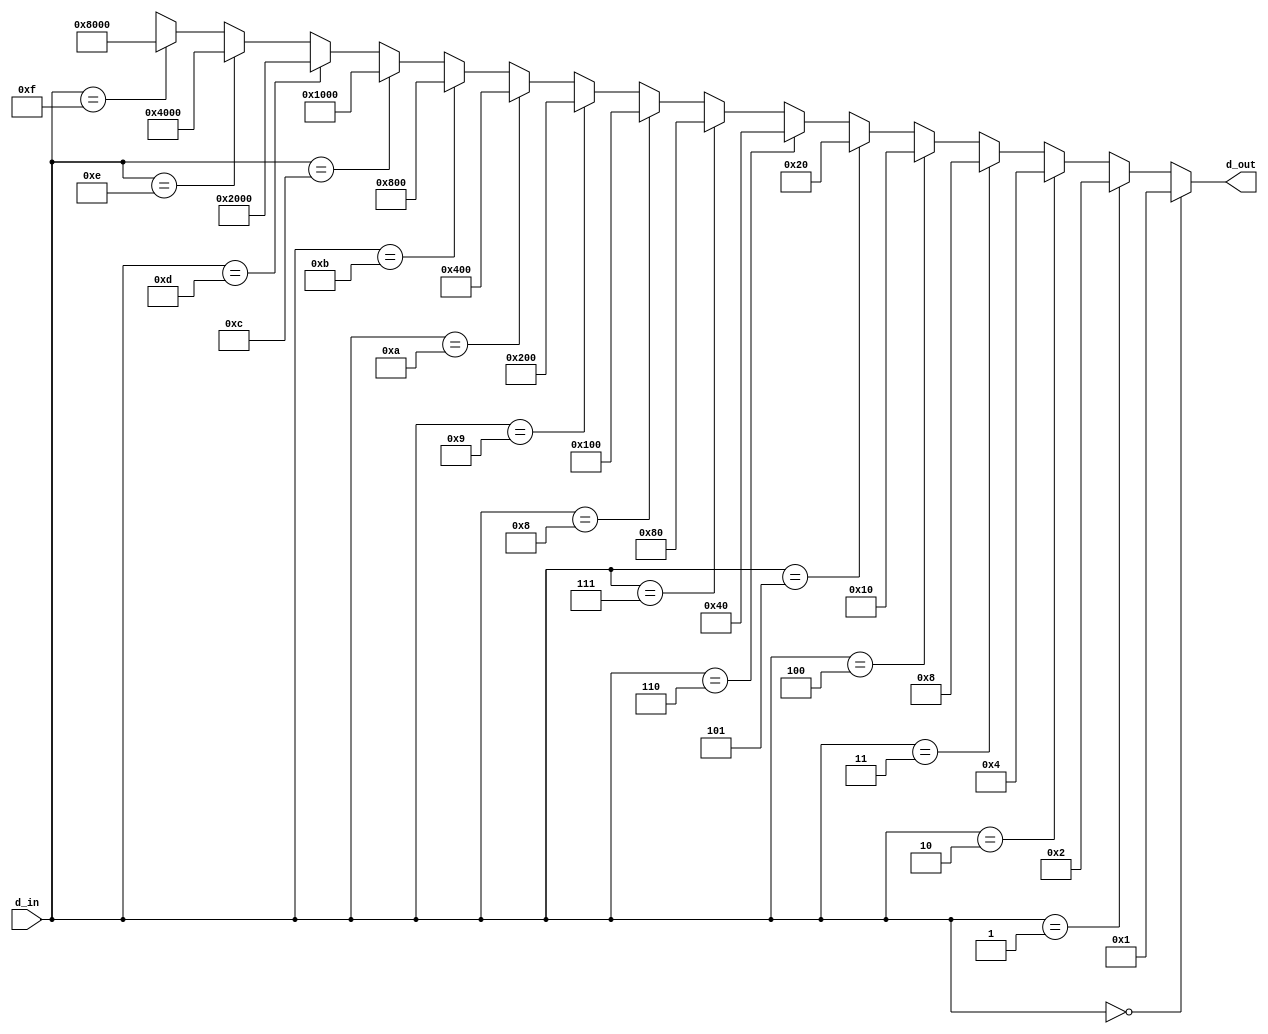
module dec_4x16 (d_out, d_in);

   output [15:0] d_out;
   input [3:0]   d_in;
   parameter tmp = 16'b0000_0000_0000_0001;

assign d_out = (d_in == 4'b0000) ? tmp   :
               (d_in == 4'b0001) ? tmp<<1:
               (d_in == 4'b0010) ? tmp<<2:
               (d_in == 4'b0011) ? tmp<<3:
               (d_in == 4'b0100) ? tmp<<4:
               (d_in == 4'b0101) ? tmp<<5:
               (d_in == 4'b0110) ? tmp<<6:
               (d_in == 4'b0111) ? tmp<<7:
               (d_in == 4'b1000) ? tmp<<8:
               (d_in == 4'b1001) ? tmp<<9:
               (d_in == 4'b1010) ? tmp<<10:
               (d_in == 4'b1011) ? tmp<<11:
               (d_in == 4'b1100) ? tmp<<12:
               (d_in == 4'b1101) ? tmp<<13:
               (d_in == 4'b1110) ? tmp<<14:
               (d_in == 4'b1111) ? tmp<<15: 
               16'bxxxx_xxxx_xxxx_xxxx;

endmodule


module test_bench;

    // Decoder 4x16 variables and test function
    wire [15:0] d_out;
    reg [3:0] d_in;
    
    dec_4x16 test1 (.d_out(d_out), .d_in(d_in)); 

    initial begin


   	// 4x16 Decoder TEST
    $display("Decoder 4x16");
    $display("d_in | d_out");
    d_in = 4'b0000; #50;
    $display("%4b | %16b", d_in, d_out);
    d_in = 4'b0001; #50;
    $display("%4b | %16b", d_in, d_out);
    d_in = 4'b0010; #50;
    $display("%4b | %16b", d_in, d_out);
    d_in = 4'b0011; #50;
    $display("%4b | %16b", d_in, d_out);
    d_in = 4'b0100; #50;
    $display("%4b | %16b", d_in, d_out);
    d_in = 4'b0101; #50;
    $display("%4b | %16b", d_in, d_out);
    d_in = 4'b0110; #50;
    $display("%4b | %16b", d_in, d_out);
    d_in = 4'b0111; #50;
    $display("%4b | %16b", d_in, d_out);
    d_in = 4'b1000; #50;
    $display("%4b | %16b", d_in, d_out);
    d_in = 4'b1001; #50;
    $display("%4b | %16b", d_in, d_out);
    d_in = 4'b1010; #50;
    $display("%4b | %16b", d_in, d_out);
    d_in = 4'b1011; #50;
    $display("%4b | %16b", d_in, d_out);
    d_in = 4'b1100; #50;
    $display("%4b | %16b", d_in, d_out);
    d_in = 4'b1101; #50;
    $display("%4b | %16b", d_in, d_out);
    d_in = 4'b1110; #50;
    $display("%4b | %16b", d_in, d_out);
    d_in = 4'b1111; #50;
    $display("%4b | %16b", d_in, d_out);
    $display("=====================================");

    end
    
endmodule